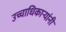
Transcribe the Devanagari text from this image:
उच्चाधिकाऱ्यांनी